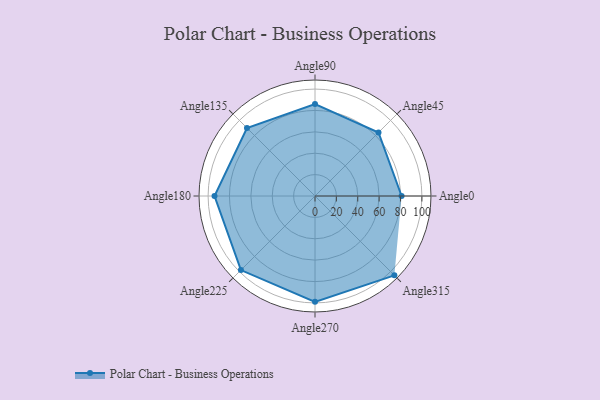
{"axis": {"x": "Angle", "y": "Radius"}, "legend": [""], "data": [{"x": "Angle0", "y": 81.0, "type": ""}, {"x": "Angle45", "y": 84.0, "type": ""}, {"x": "Angle90", "y": 86.0, "type": ""}, {"x": "Angle135", "y": 90.0, "type": ""}, {"x": "Angle180", "y": 94.0, "type": ""}, {"x": "Angle225", "y": 98.0, "type": ""}, {"x": "Angle270", "y": 99.0, "type": ""}, {"x": "Angle315", "y": 105.0, "type": ""}]}